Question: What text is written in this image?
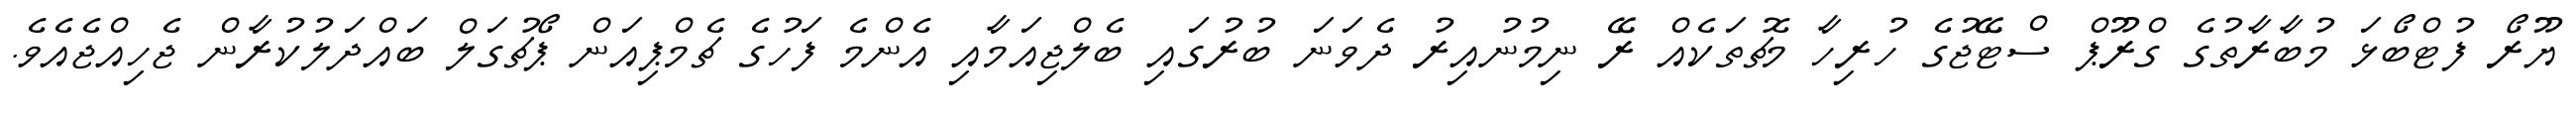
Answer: ޔޫރޯ ފުޓްބޯޅަ މުބާރާތުގެ ގްރޫޕް ސްޓޭޖުގެ ހުރިހާ މެޗުތަކެއް ރޭ ނިމުނުއިރު ދެވަނަ ބުރުގައި ބެލްޖިއަމާއި އެންމެ ފަހުގެ ޗެމްޕިއަން ޕޯޗުގަލް ބައްދަލުކުރާން ޖެހިއްޖެއެވެ.